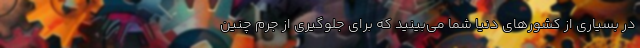
در بسیاری از کشورهای دنیا شما می‌بینید که برای جلوگیری از جرم چنین